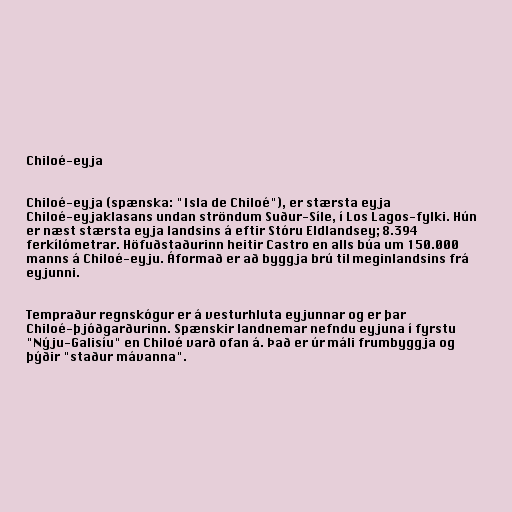
Chiloé-eyja

Chiloé-eyja (spænska: "Isla de Chiloé"), er stærsta eyja
Chiloé-eyjaklasans undan ströndum Suður-Síle, í Los Lagos-fylki. Hún
er næst stærsta eyja landsins á eftir Stóru Eldlandsey; 8.394
ferkílómetrar. Höfuðstaðurinn heitir Castro en alls búa um 150.000
manns á Chiloé-eyju. Áformað er að byggja brú til meginlandsins frá
eyjunni.

Tempraður regnskógur er á vesturhluta eyjunnar og er þar
Chiloé-þjóðgarðurinn. Spænskir landnemar nefndu eyjuna í fyrstu
"Nýju-Galisíu" en Chiloé varð ofan á. Það er úr máli frumbyggja og
þýðir "staður mávanna".